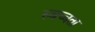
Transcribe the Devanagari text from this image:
स्वच्चता